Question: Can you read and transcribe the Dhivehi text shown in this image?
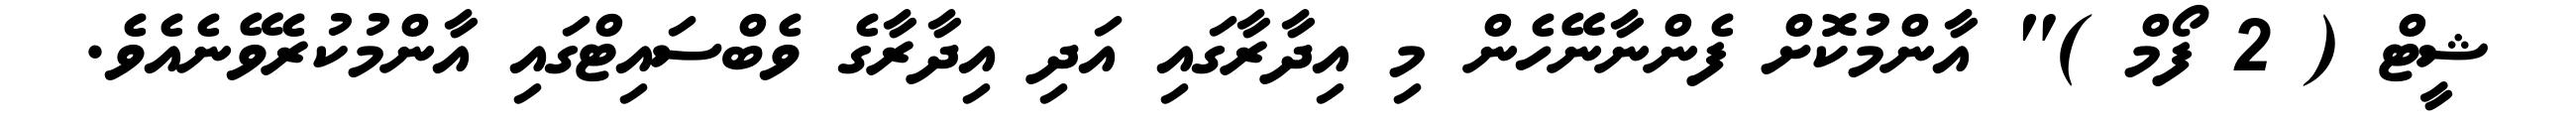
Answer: ޝީޓް ( 2 ފޯމް )" އާންމުކޮށް ފެންނާނޭހެން މި އިދާރާގައި އަދި އިދާރާގެ ވެބްސައިޓްގައި އާންމުކުރެވޭނެއެވެ.